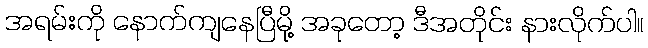
အရမ်းကို နောက်ကျနေပြီမို့ အခုတော့ ဒီအတိုင်း နားလိုက်ပါ။